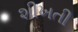
શીખતી